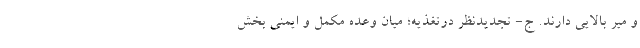
و میر بالایی دارند. ج- تجدیدنظر درتغذیه؛ میان وعده مکمل و ایمنی بخش